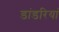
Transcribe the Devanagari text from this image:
डांडरियां